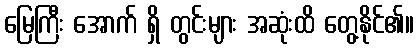
မြေကြီး အောက် ရှိ တွင်းများ အဆုံးထိ တွေ့နိုင်၏။